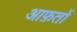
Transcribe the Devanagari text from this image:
आफ़तों